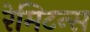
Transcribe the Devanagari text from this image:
रेमिटन्स